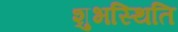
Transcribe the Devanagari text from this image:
शुभस्थिति